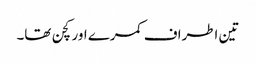
تین اطراف کمرے اور کچن تھا۔